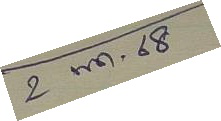
2 พ.ค. 68